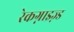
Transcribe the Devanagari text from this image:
रेकग्नाइज़्ड